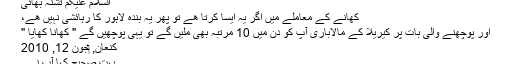
السلام علیکم تشنہ بھائی
کھانے کے معاملے میں اگر یہ ایسا کرتا ھے تو پھر یہ بندہ لاہور کا رہائشی نہیں ھے،
اور پوچھنے والی بات پر کیریلا کے مالاباری آپ کو دن میں 10 مرتبہ بھی ملیں گے تو یہی پوچھیں گے " کھانا کھایا "
کنعان, ‏جون 12, 2010
بہت صحیح کہا آپ نے ۔